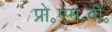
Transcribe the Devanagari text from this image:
प्रो॰एम॰वी॰